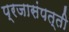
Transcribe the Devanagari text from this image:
प्रजासंपत्ती